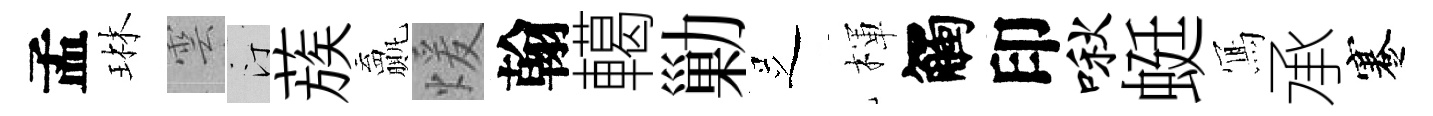
孟琳雲汀蔟贏煖翰轕勦𠯁楎觸印啾蜓𭂁承蹇